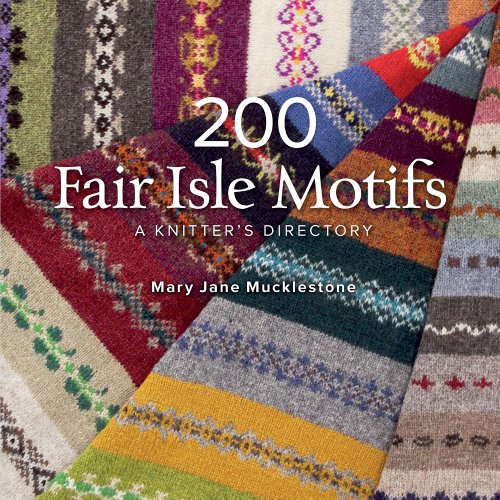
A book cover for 200 Fair Isle Motifs: A Knitter's Directory; Mary Jane Mucklestone; Crafts, Hobbies & Home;